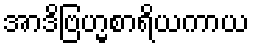
အာဒိဗြဟ္မစာရိယကာယ